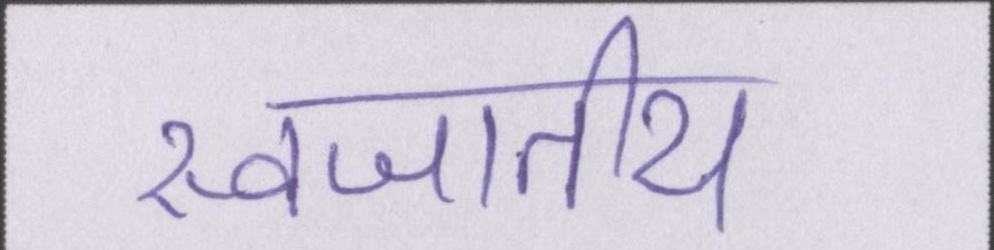
स्वजातीय